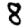
Digit: 8